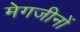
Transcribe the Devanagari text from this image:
मेगजीनों